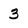
Character: 3